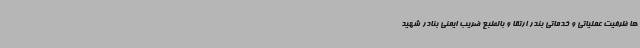
ها ظرفیت عملیاتی و خدماتی بندر ارتقا و بالطبع ضریب ایمنی بنادر شهید